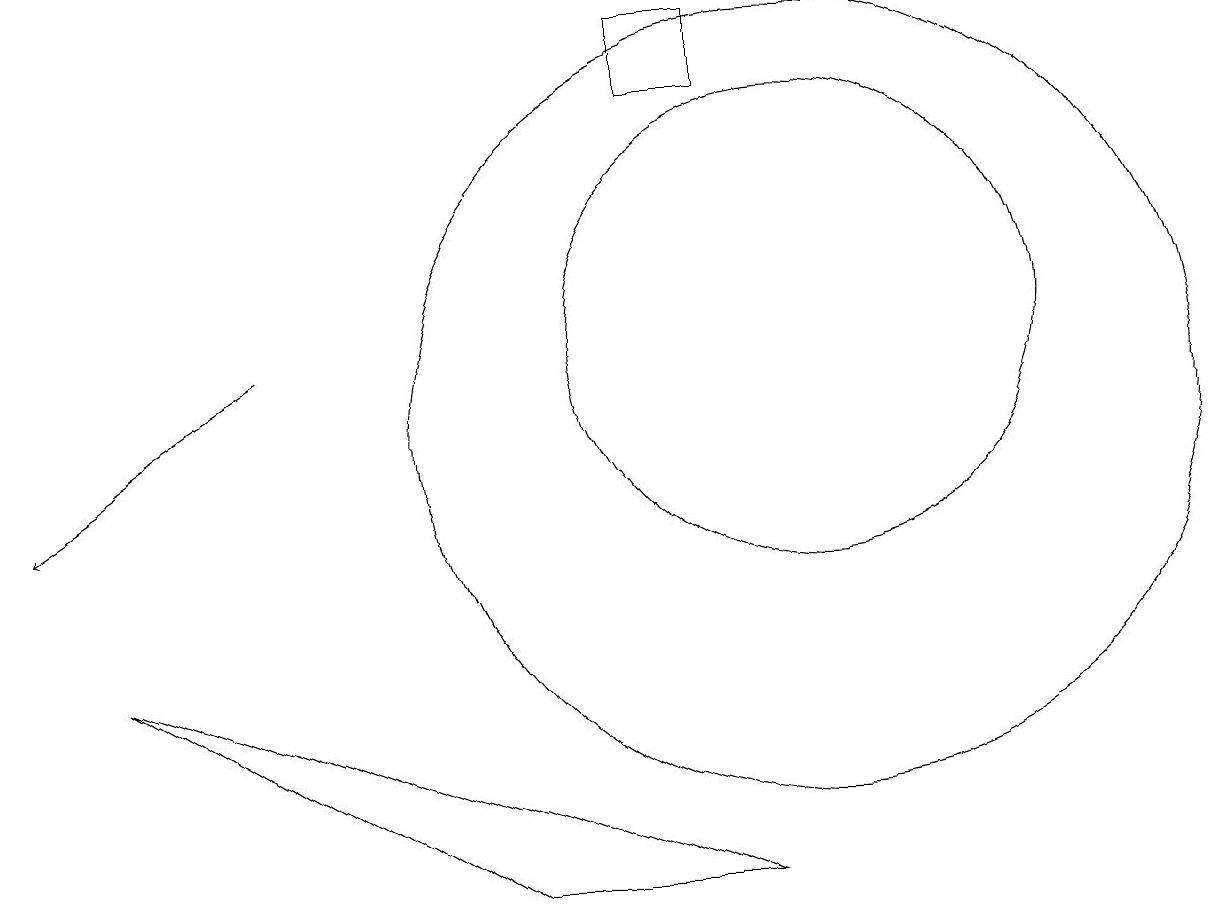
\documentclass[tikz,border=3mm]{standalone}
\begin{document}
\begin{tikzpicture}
\draw (10,12) circle (3);
\draw (9,15) rectangle (8,16);
\draw (6,5) -- (9,5) -- (1,8) -- cycle;
\draw (10,11) circle (5);
\draw[->] (3,12) -- (0,10);
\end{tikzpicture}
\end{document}